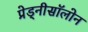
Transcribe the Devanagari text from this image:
प्रेड्नीसॉलोन